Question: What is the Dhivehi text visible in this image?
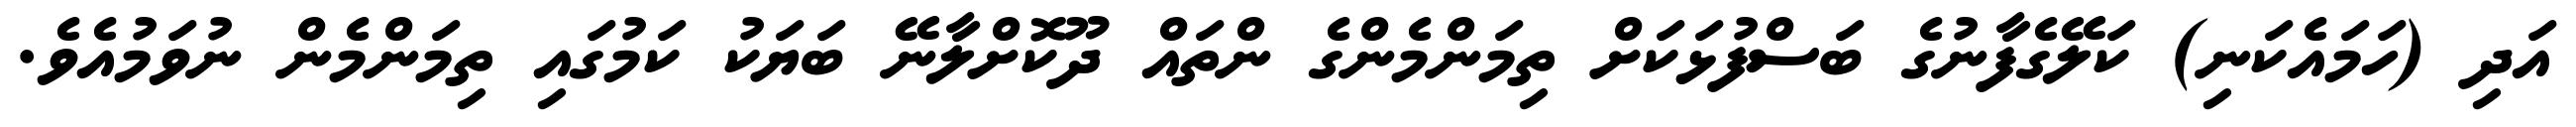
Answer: އަދި (ހަމައެކަނި) ކަލޭގެފާނުގެ ބަސްފުޅަކަށް ތިމަންމެންގެ ންތައް ދޫކޮށްލާނޭ ބަޔަކު ކަމުގައި ތިމަންމެން ނުވަމުއެވެ.